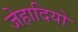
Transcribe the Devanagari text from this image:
जेहादियो